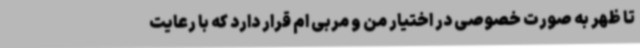
تا ظهر به صورت خصوصی در اختیار من و مربی ام قرار دارد که با رعایت